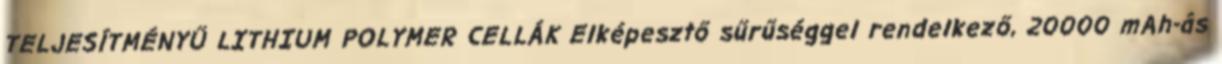
TELJESÍTMÉNYŰ LITHIUM POLYMER CELLÁK Elképesztő sűrűséggel rendelkező, 20000 mAh-ás